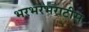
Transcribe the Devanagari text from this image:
भरभरभराटीस